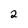
Character: 2